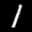
Label: 1